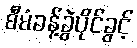
စီမံခန့်ခွဲပိုင်ခွင့်